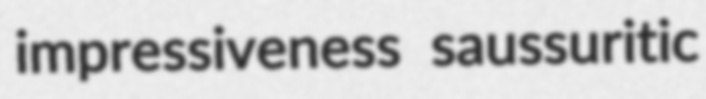
impressiveness saussuritic